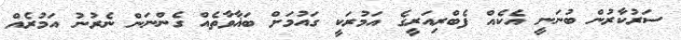
ސަރުކާރުން ބުނަނީ އެކެއް ފެބްރިއަރީގެ އަމުރަކީ ގައުމަށް ބަޣާވާތެއް ގެންނަން ނެރުނު އަމުރެއް